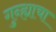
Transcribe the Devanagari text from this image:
गुन्ह्याचा